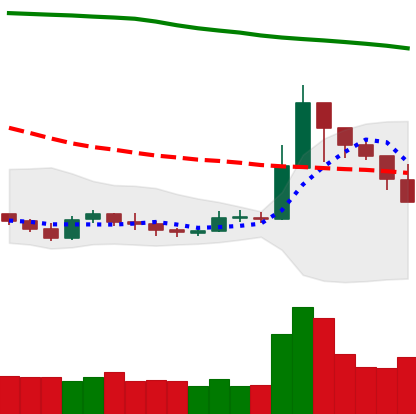
Ticker: XRP-USD
Chart end date: 2019-09-23
Forward return: -9.716%
Label: down_7plus